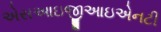
એસઆઇજીઆઇએનટી